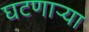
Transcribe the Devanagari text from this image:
घटणाऱ्या